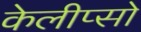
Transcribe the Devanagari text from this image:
केलीप्सो